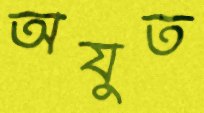
অযুত